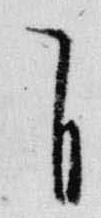
自